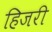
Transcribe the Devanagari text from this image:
हिजरी